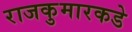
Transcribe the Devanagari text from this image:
राजकुमारकडे